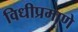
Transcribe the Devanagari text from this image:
विधीप्रमाणे